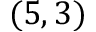
( 5 , 3 )